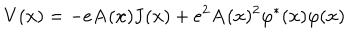
V ( { \bf x } ) = - e { \bf A } ( { \bf x } ) { \bf J } ( { \bf x } ) + e ^ { 2 } { \bf A } ( { \bf x } ) ^ { 2 } \varphi ^ { * } ( { \bf x } ) \varphi ( { \bf x } )